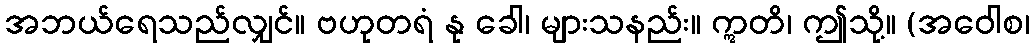
အဘယ်ရေသည်လျှင်။ ဗဟုတရံ နု ခေါ၊ များသနည်း။ ဣတိ၊ ဤသို့။ (အဝေါစ၊